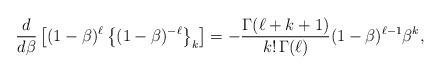
LaTeX: \begin{align*}{d\over d\beta} \left[(1-\beta)^\ell\left\{(1-\beta)^{-\ell}\right\}_k\right]= -{\Gamma(\ell+k+1)\over k!\,\Gamma(\ell)}(1-\beta)^{\ell-1}\beta^k,\end{align*}